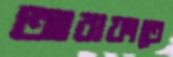
আরাফাতে